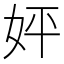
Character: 㛁